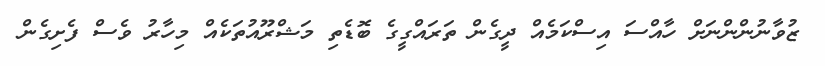
ޒުވާނުންންނަށް ހާއްސަ އިސްކަމެއް ދީގެން ތަރައްގީގެ ބޮޑެތި މަޝްރޫއުތަކެއް މިހާރު ވެސް ފެށިގެން